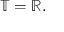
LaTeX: \mathbb { T } = \mathbb { R } .